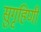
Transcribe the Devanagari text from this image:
सुगृहिणी